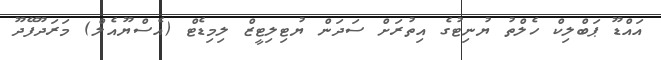
އައްޑޫ ޕަބްލިކް ހެލްތު ޔުނިޓުގެ އިތުރަށް ސަދަން ޔުޓިލިޓީޒް ލިމިޑެޓް (އެސްޔޫއެލް) މަރަދޫފޭދޫ